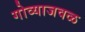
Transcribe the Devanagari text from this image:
गोव्याजवळ